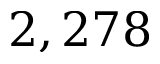
2 , 2 7 8